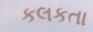
કલકતા